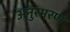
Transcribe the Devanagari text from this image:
अनुस्मरण